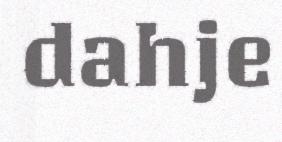
dahje